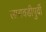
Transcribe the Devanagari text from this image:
लागवडीपुर्वी